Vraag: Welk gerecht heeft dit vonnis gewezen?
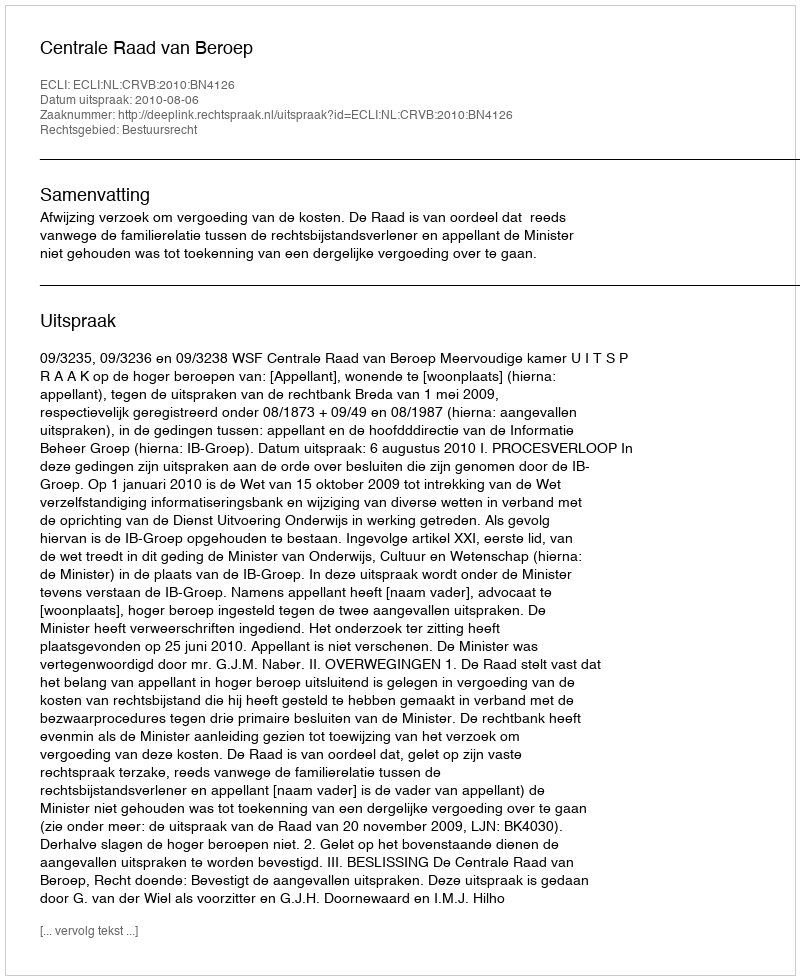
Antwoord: Centrale Raad van Beroep